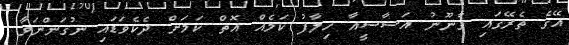
އޭގެ ތެރޭގައި ގާނޫނު އަސާސީއާ ހިލާފު ކަމެއް އޮތް ކަމަށް ދެކެވަޑައި ނުގަންނަވާ